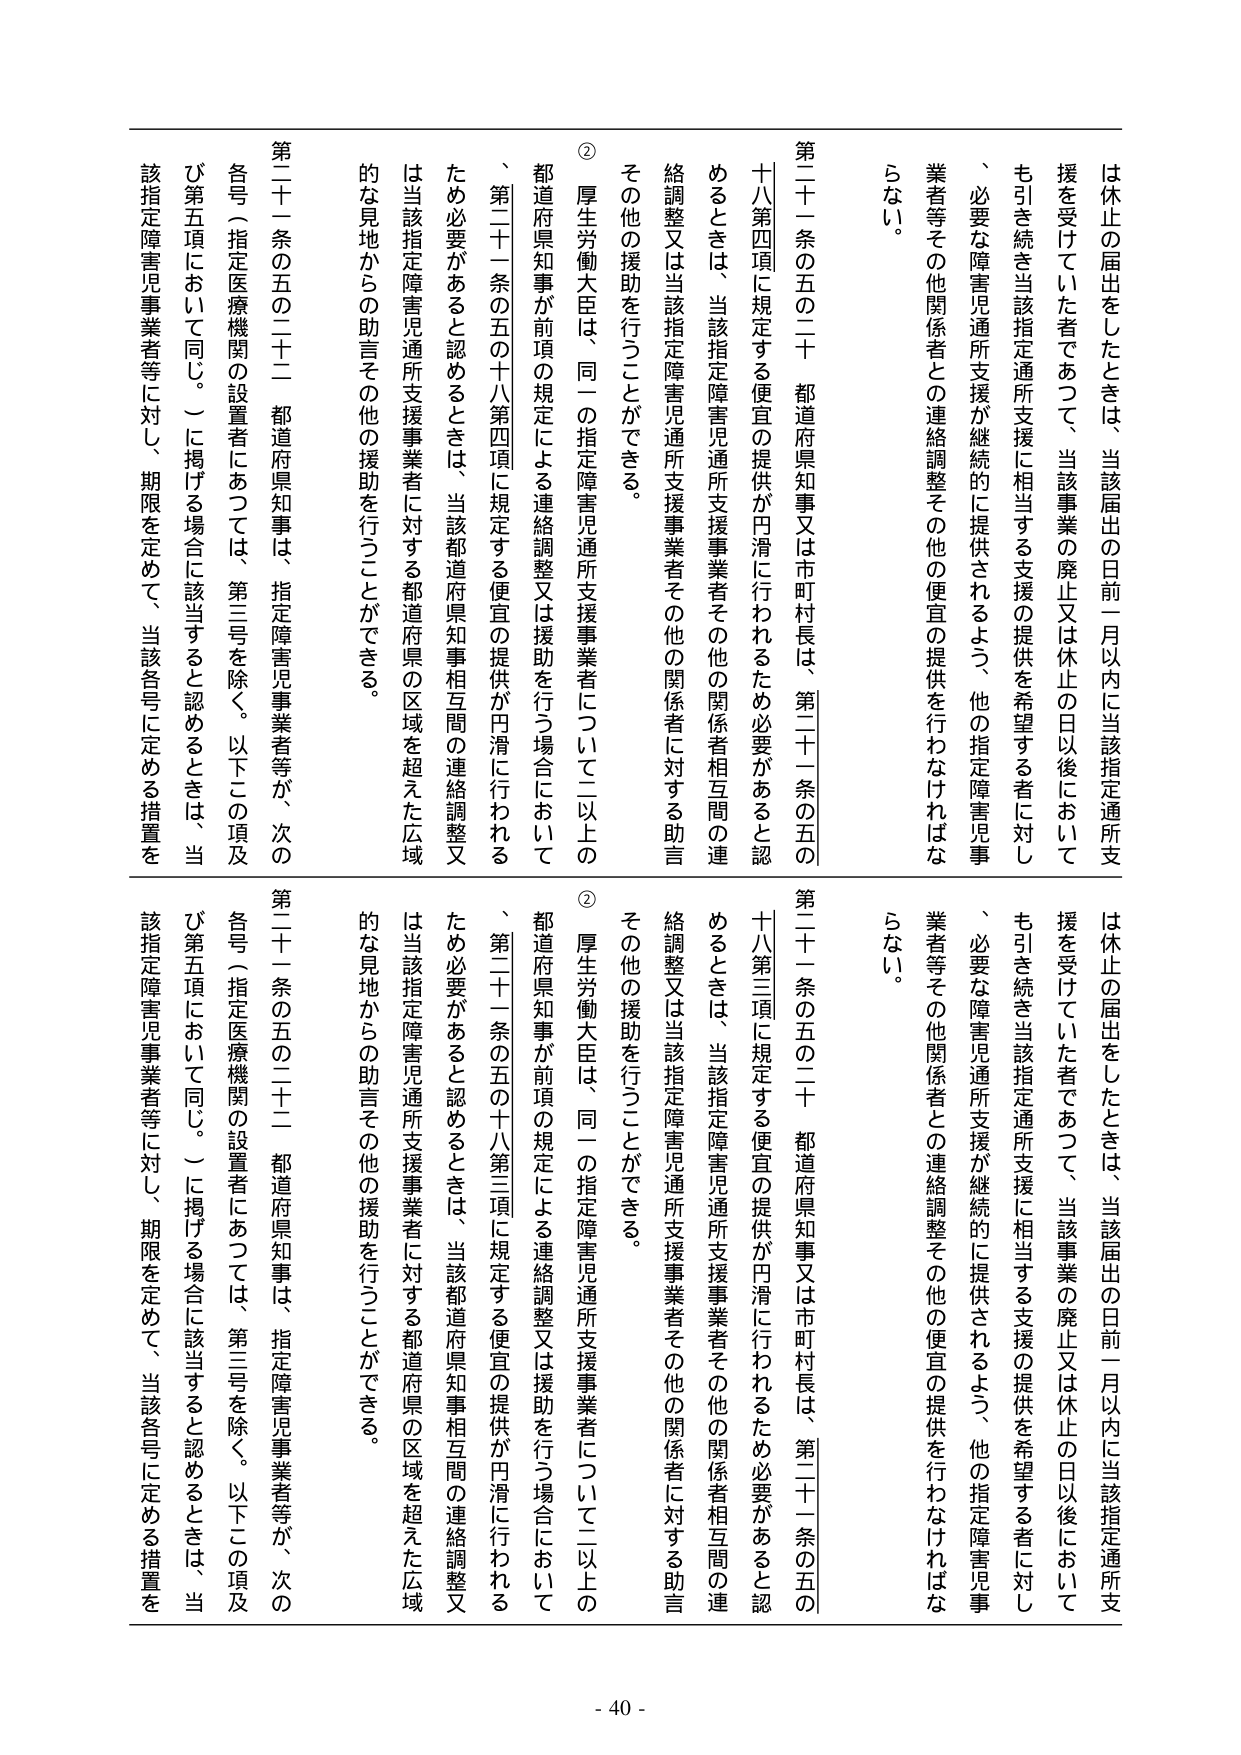
は休止の届出をしたときは、当該届出の日前一月以内に当該指定通所支援を受けていた者であつて、当該事業の廃止又は休止の日以後においても引き続き当該指定通所支援に相当する支援の提供を希望する者に対し、必要な障害児通所支援が継続的に提供されるよう、他の指定障害児事業者等その他関係者との連絡調整その他の便宜の提供を行わなければならない。

第二十一条の五の二十 都道府県知事又は市町村長は、第二十一条の五の十八第四項に規定する便宜の提供が円滑に行われるため必要があると認めるときは、当該指定障害児通所支援事業者その他の関係者相互間の連絡調整又は当該指定障害児通所支援事業者その他の関係者に対する助言その他の援助を行うことができる。

② 厚生労働大臣は、同一の指定障害児通所支援事業者について二以上の都道府県知事が前項の規定による連絡調整又は援助を行う場合において、第二十一条の五の十八第四項に規定する便宜の提供が円滑に行われるため必要があると認めるときは、当該都道府県知事相互間の連絡調整又は当該指定障害児通所支援事業者に対する都道府県の区域を超えた広域的な見地からの助言その他の援助を行うことができる。

第二十一条の五の二十二 都道府県知事は、指定障害児事業者等が、次の各号（指定医療機関の設置者にあつては、第三号を除く。以下この項及び第五項において同じ。）に掲げる場合に該当すると認めるときは、当該指定障害児事業者等に対し、期限を定めて、当該各号に定める措置を

は休止の届出をしたときは、当該届出の日前一月以内に当該指定通所支援を受けていた者であつて、当該事業の廃止又は休止の日以後においても引き続き当該指定通所支援に相当する支援の提供を希望する者に対し、必要な障害児通所支援が継続的に提供されるよう、他の指定障害児事業者等その他関係者との連絡調整その他の便宜の提供を行わなければならない。

第二十一条の五の二十 都道府県知事又は市町村長は、第二十一条の五の十八第三項に規定する便宜の提供が円滑に行われるため必要があると認めるときは、当該指定障害児通所支援事業者その他の関係者相互間の連絡調整又は当該指定障害児通所支援事業者その他の関係者に対する助言その他の援助を行うことができる。

② 厚生労働大臣は、同一の指定障害児通所支援事業者について二以上の都道府県知事が前項の規定による連絡調整又は援助を行う場合において、第二十一条の五の十八第三項に規定する便宜の提供が円滑に行われるため必要があると認めるときは、当該都道府県知事相互間の連絡調整又は当該指定障害児通所支援事業者に対する都道府県の区域を超えた広域的な見地からの助言その他の援助を行うことができる。

第二十一条の五の二十二 都道府県知事は、指定障害児事業者等が、次の各号（指定医療機関の設置者にあつては、第三号を除く。以下この項及び第五項において同じ。）に掲げる場合に該当すると認めるときは、当該指定障害児事業者等に対し、期限を定めて、当該各号に定める措置を

- 40 -